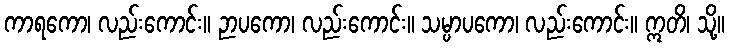
ကာရကော၊ လည်းကောင်း။ ဉာပကော၊ လည်းကောင်း။ သမ္ပာပကော၊ လည်းကောင်း။ ဣတိ၊ သို့။